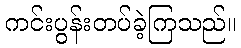
ကင်းပွန်းတပ်ခဲ့ကြသည်။